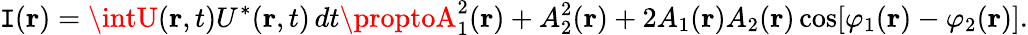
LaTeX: \mathtt{I}(\mathbf{{r}})=\intU(\mathbf{{r}},t)U^{*}(\mathbf{{r}},t)\, dt\proptoA_{1}^{2}(\mathbf{{r}})+A_{2}^{2}(\mathbf{{r}})+2A_{1}(\mathbf{{r}})A_{2}(\mathbf{{r}})\cos[\varphi_{1}(\mathbf{{r}})-\varphi_{2}(\mathbf{{r}})].